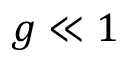
g \ll 1